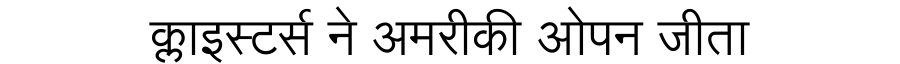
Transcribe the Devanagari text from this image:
क्लाइस्टर्स ने अमरीकी ओपन जीता